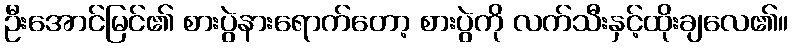
ဦးအောင်မြင်၏ စားပွဲနားရောက်တော့ စားပွဲကို လက်သီးနှင့်ထိုးချလေ၏။